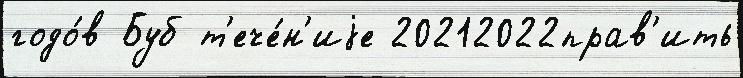
годо́в Буб т'ече́н'иjе 20212022прав'ить